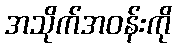
အသိုက်အဝန်းကို